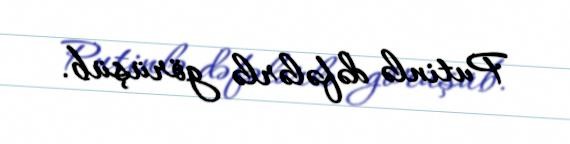
Putinlə dəfələrlə görüşüb.